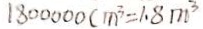
1 8 0 0 0 0 0 c m ^ { 3 } = 1 . 8 m ^ { 3 }